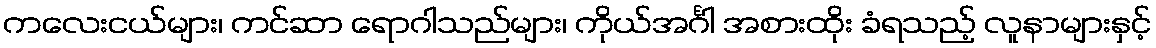
ကလေးငယ်များ၊ ကင်ဆာ ရောဂါသည်များ၊ ကိုယ်အင်္ဂါ အစားထိုး ခံရသည့် လူနာများနှင့်